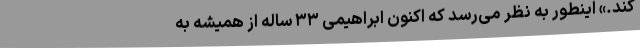
کند.» اینطور به نظر می‌رسد که اکنون ابراهیمی ۳۳ ساله از همیشه به